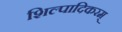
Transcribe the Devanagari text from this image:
शिल्पादिकरम्